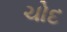
ચોદ